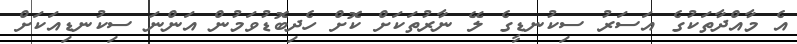
އެ މާއްދާތަކުގެ އަސަރު ސިކުނޑީގެ ލޭ ނާރުތަކަށް ކޮށް ހެދިބޮޑުވަމުން އަންނަ ސިކުނޑިއަކަށް